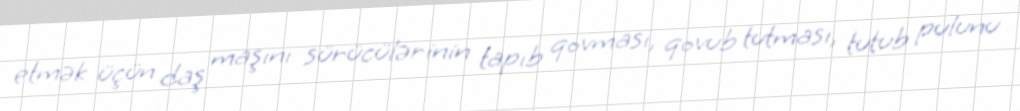
etmək üçün daş maşını sürücülərinin tapıb qovması, qovub tutması, tutub pulunu